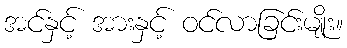
အင်နှင့် အားနှင့် ဝင်လာခြင်းမျိုး။